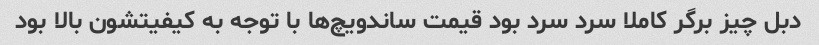
دبل چیز برگر کاملا سرد سرد بود قیمت ساندویچ‌ها با توجه به کیفیتشون بالا بود